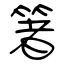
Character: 箸